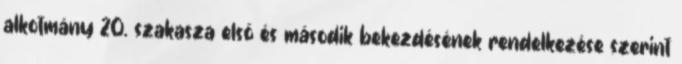
alkotmány 20. szakasza elsõ és második bekezdésének rendelkezése szerint